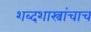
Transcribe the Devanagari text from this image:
शब्दशास्त्रांचाच